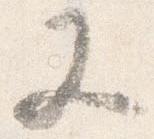
又